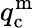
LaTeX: q_{\mathrm{c}}^{\mathrm{m}}